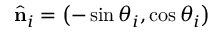
\hat { \mathbf { n } } _ { i } = \left( - \sin \theta _ { i } , \cos \theta _ { i } \right)